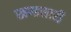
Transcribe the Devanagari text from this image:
खण्डसारी